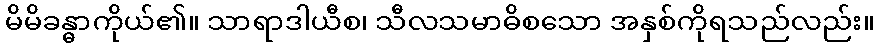
မိမိခန္ဓာကိုယ်၏။ သာရာဒါယီစ၊ သီလသမာဓိစသော အနှစ်ကိုရသည်လည်း။